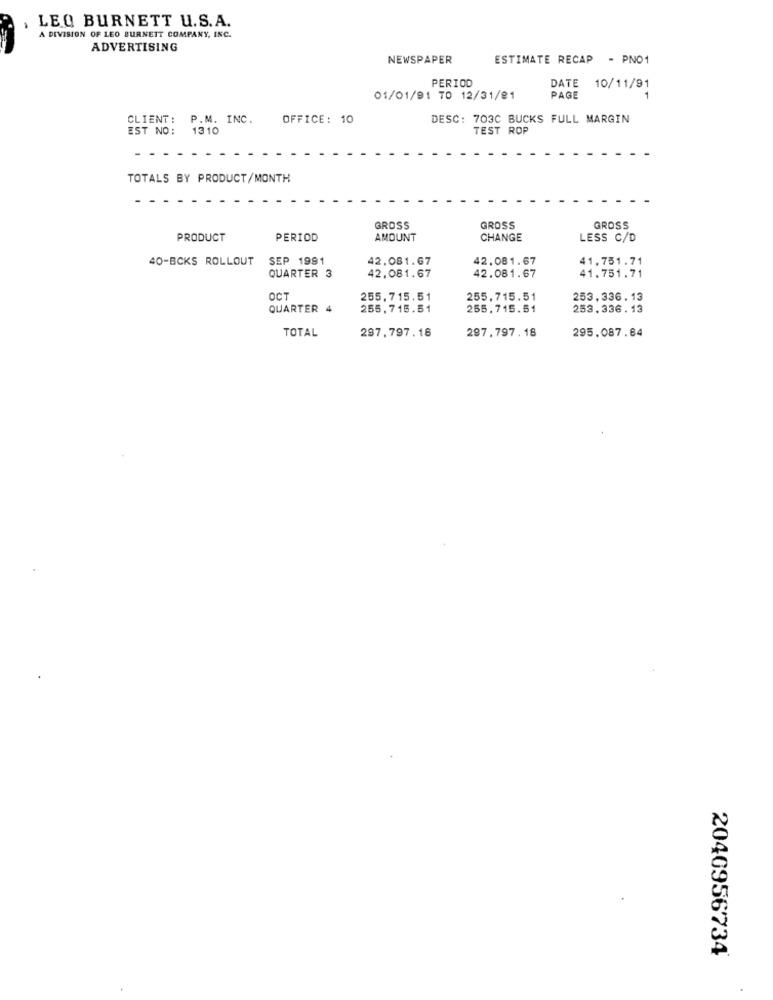
LEO BURNETT U.S.A.
A DIVISION OF LEO BURNETT COMPANY, INC.
ADVERTISING
NEWSPAPER
ESTIMATE RECAP
- PNO1
PERIOD
DATE 10/11/91
01/01/91 TO 12/31/81
PAGE
CLIENT: P.M. INC.
OFFICE: 10
DESC: 703C BUCKS FULL MARGIN
EST NO: 1310
TEST ROP
TOTALS BY PRODUCT/MONTH
GROSS
GROSS
GROSS
PRODUCT
PERIOD
AMOUNT
CHANGE
LESS C/D
40-BCKS ROLLOUT
SEP 1991
42.081.67
42.081.67
41,751.71
QUARTER 3
42,081.67
42.081.67
41.751.71
OCT
255,715.51
255,715.51
253,336.13
QUARTER 4
255,715.51
255.715.61
253.336.13
297.797. 18
295.087.84
TOTAL
297.797.18
2040956734